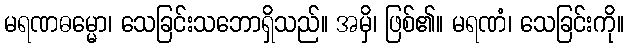
မရဏဓမ္မော၊ သေခြင်းသဘောရှိသည်။ အမှိ၊ ဖြစ်၏။ မရဏံ၊ သေခြင်းကို။